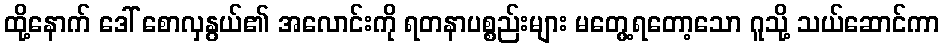
ထို့နောက် ဒေါ် စောလှနွယ်၏ အလောင်းကို ရတနာပစ္စည်းများ မတွေ့ရတော့သော ဂူသို့ သယ်ဆောင်ကာ